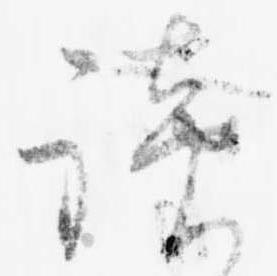
談